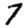
Digit: 7